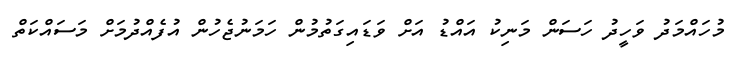
މުހައްމަދު ވަހީދު ހަސަން މަނިކު އައްޑު އަށް ވަޑައިގަތުމުން ހަމަނުޖެހުން އުފެއްދުމަށް މަސައްކަތް